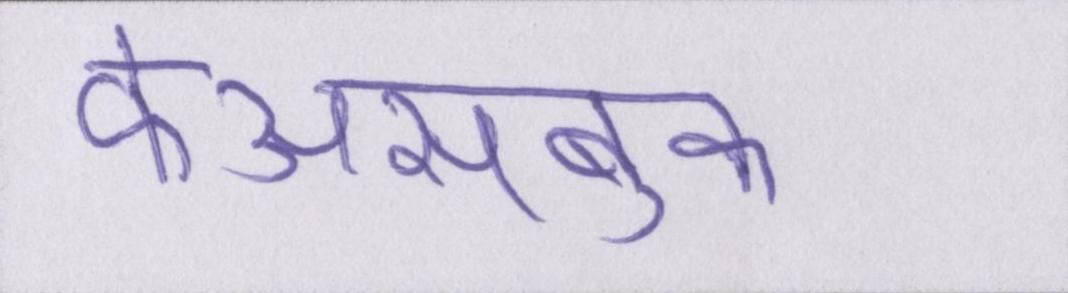
फेअसबुक